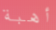
أهبة